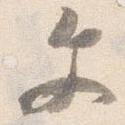
文